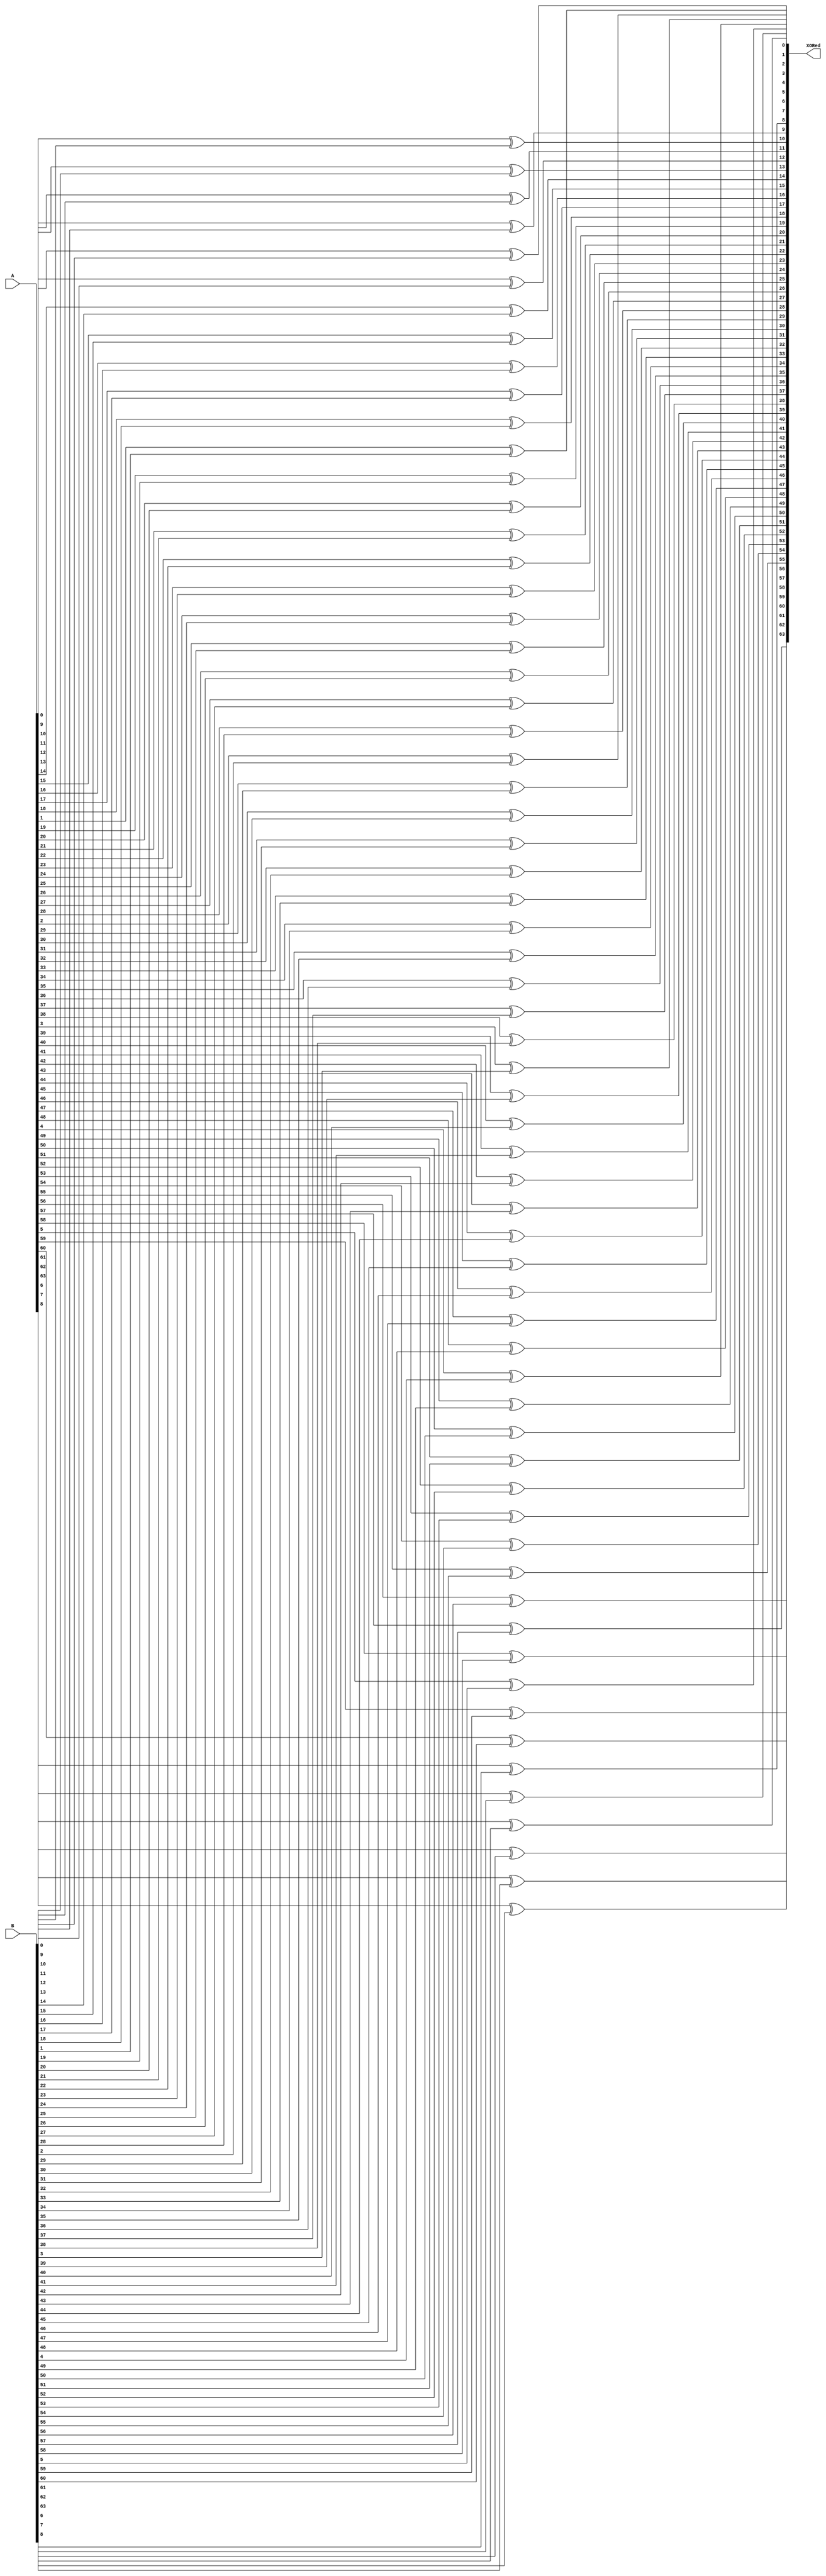
module Xor_bitwise(A,B,XORed);
input [63:0] A,B;
output [63:0] XORed;

genvar pointer;

generate
    for(pointer=0;pointer<64;pointer=pointer+1) begin
        xor xor_gate1(XORed[pointer],A[pointer],B[pointer]);
    end

endgenerate

endmodule